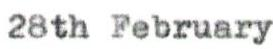
28th February